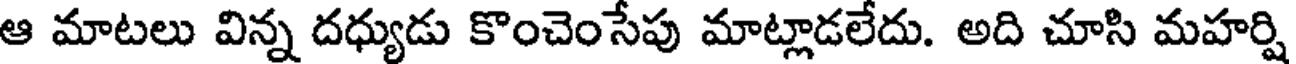
ఆ మాటలు విన్న దధ్యుడు కొంచెంసేపు మాట్లాడలేదు. అది చూసి మహర్షి